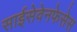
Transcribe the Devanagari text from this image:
साईसेवेनफेसेस